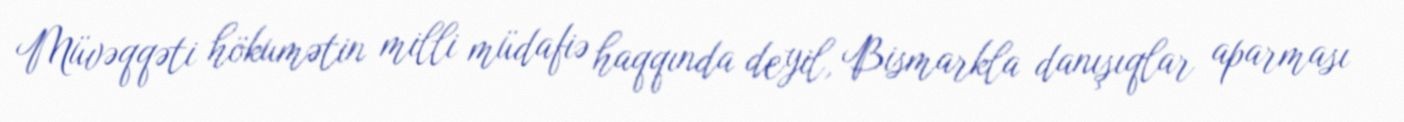
Müvəqqəti hökumətin milli müdafiə haqqında deyil, Bismarkla danışıqlar aparması